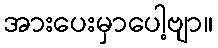
အားပေးမှာပေါ့ဗျာ။